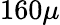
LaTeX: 160\mu